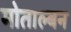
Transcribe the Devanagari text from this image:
मोताल्बन